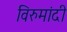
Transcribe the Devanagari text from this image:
विरुमांदी